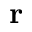
{ \bf r }